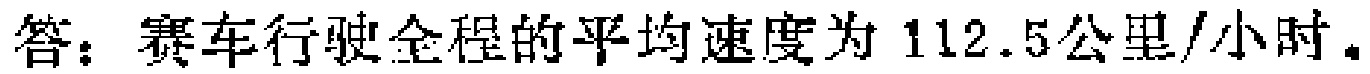
答：赛车行驶全程的平均速度为 \(112.5\)公里/小时。